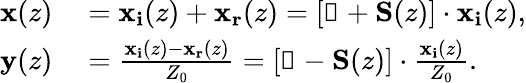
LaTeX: \begin{array}{rl}{\mathbf{x}(z)}&{{}=\mathbf{x_{i}}(z)+\mathbf{x_{r}}(z)=\left[\mathbb{1}+\mathbf{S}(z)\right]\cdot\mathbf{x_{i}}(z),}\\ {\mathbf{y}(z)}&{{}=\frac{\mathbf{x_{i}}(z)-\mathbf{x_{r}}(z)}{Z_{0}}=\left[\mathbb{1}-\mathbf{S}(z)\right]\cdot\frac{\mathbf{x_{i}}(z)}{Z_{0}}.}\end{array}